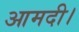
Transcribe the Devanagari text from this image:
आमदी।